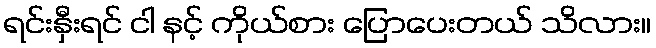
ရင်းနှီးရင် ငါ နင့် ကိုယ်စား ပြောပေးတယ် သိလား။